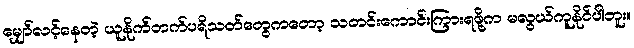
မျှော်လင့်နေတဲ့ ယူနိုက်တက်ပရိသတ်တွေကတော့ သတင်းကောင်းကြားရဖို့က မလွယ်ကူနိုင်ပါဘူး။